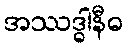
အဿဒ္ဓါနီဓ